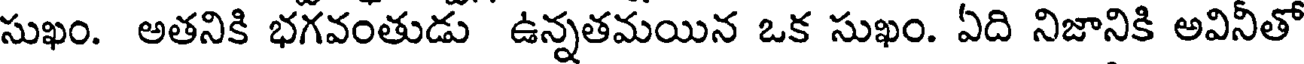
సుఖం. అతనికి భగవంతుడు ఉన్నతమయిన ఒక సుఖం. ఏది నిజానికి అవినీతో